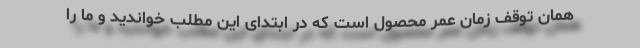
همان توقف زمان عمر محصول است که در ابتدای این مطلب خواندید و ما را